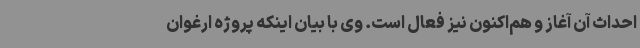
احداث آن آغاز و هم‌اکنون نیز فعال است. وی با بیان اینکه پروژه ارغوان